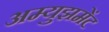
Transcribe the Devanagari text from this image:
अम्युझमेंट